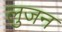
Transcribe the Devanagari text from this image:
लुजन